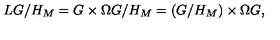
L G / H _ { M } = G \times \Omega G / H _ { M } = ( G / H _ { M } ) \times \Omega G ,